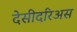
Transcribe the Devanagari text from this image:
देसीदरिअस